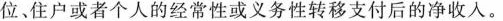
位、住户或者个人的经常性或义务性转移支付后的净收入。